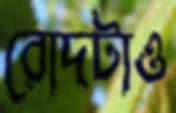
রোদটাও